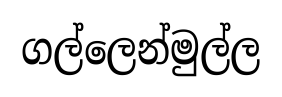
ගල්ලෙන්මුල්ල